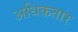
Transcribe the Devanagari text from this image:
अधिकतार